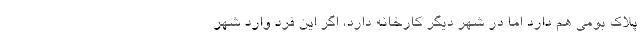
پلاک بومی هم دارد اما در شهر دیگر کارخانه دارد، اگر این فرد وارد شهر